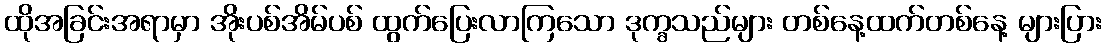
ထိုအခြင်းအရာမှာ အိုးပစ်အိမ်ပစ် ထွက်ပြေးလာကြသော ဒုက္ခသည်များ တစ်နေ့ထက်တစ်နေ့ များပြား